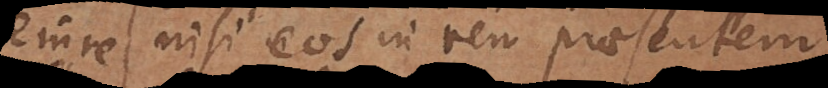
nisi eos in rem praesentem